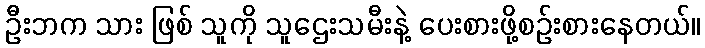
ဦးဘက သား ဖြစ် သူကို သူဌေးသမီးနဲ့ ပေးစားဖို့စဉ်းစားနေတယ်။